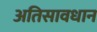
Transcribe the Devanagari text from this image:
अतिसावधान